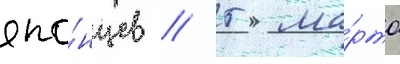
япо́нцев // 5 ма́рта